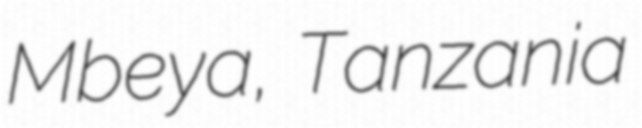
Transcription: Mbeya, Tanzania